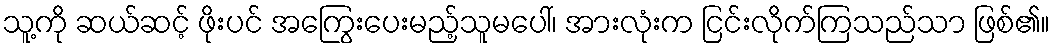
သူ့ကို ဆယ်ဆင့် ဖိုးပင် အကြွေးပေးမည့်သူမပေါ်၊ အားလုံးက ငြင်းလိုက်ကြသည်သာ ဖြစ်၏။